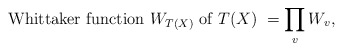
\begin{align*} \mbox{ Whittaker function $W_{T(X)}$ of $T(X)$ } = \prod_v W_v,\end{align*}